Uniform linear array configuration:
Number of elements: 64
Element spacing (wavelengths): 0.25
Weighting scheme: hamming
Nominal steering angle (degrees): -15
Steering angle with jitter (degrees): -13.065
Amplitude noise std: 0.05
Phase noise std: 0.05

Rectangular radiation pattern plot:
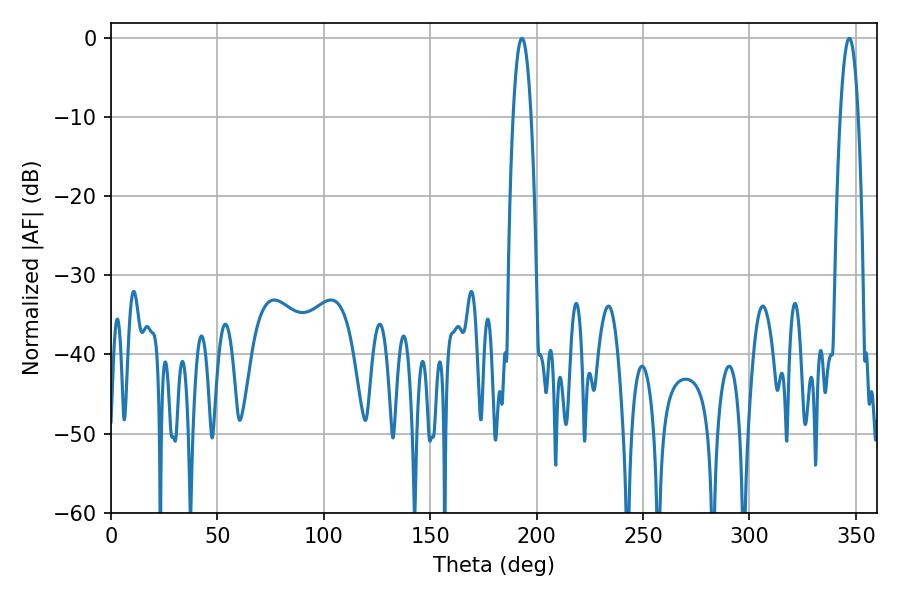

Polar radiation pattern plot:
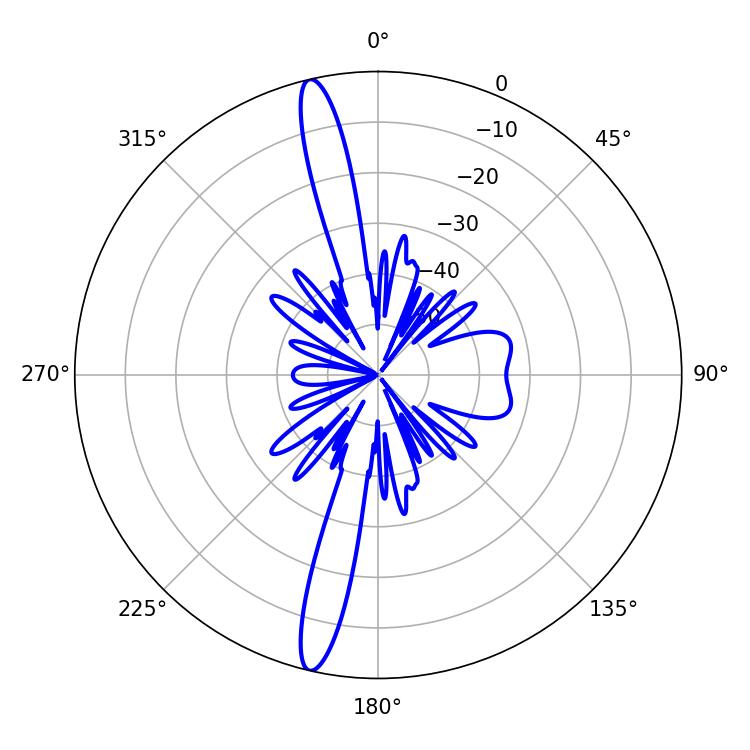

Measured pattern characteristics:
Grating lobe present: FALSE
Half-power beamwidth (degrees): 4.68
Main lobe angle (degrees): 193.14